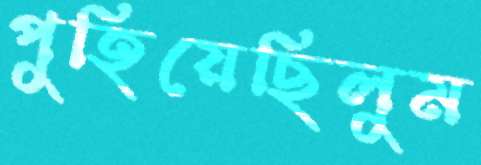
পুহিয়েছিলুম